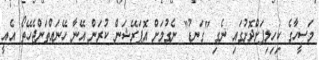
މަސީހާގެ ކިހިލިފަށްދޮށުގައި ނެގި "ގަނޑު" ނެގުމަށް އޮޕަރޭޝަން ކުރަން އޭނާ ހޭނައްތަންޖެހޭތޯ އެއީ